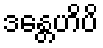
ဒန္တေဟိပိ